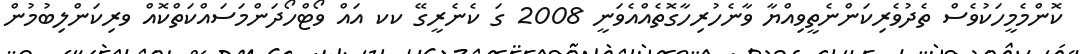
ކޮންމެމީހަކުވެސް ތެދުވެރިކަންނެތީވިއްޔާ ވާނެހުރިހާގޮތެއްއެވަނީ 2008 ގަ ކެނެރީގޭ ކކ އައް ވޯޓްހޯދަންމަސައްކަތްކޮއް ވރިކަންލިބުމުން